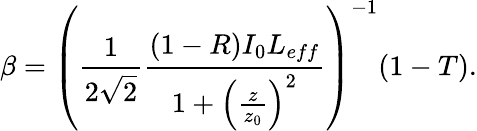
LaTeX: \beta=\left(\frac{1}{2\sqrt{2}}\frac{(1-R)I_{0}L_{eff}}{1+\left(\frac{z}{z_{0}}\right)^{2}}\right)^{-1}(1-T).